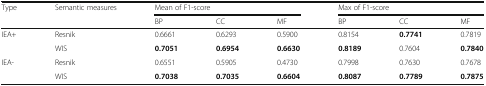
<table><thead><tr><td><b>Type</b></td><td><b>Semantic measures</b></td><td colspan="3"><b>Mean of F1-score</b></td><td colspan="3"><b>Max of F1-score</b></td></tr><tr><td colspan="2"></td><td><b>BP</b></td><td><b>CC</b></td><td><b>MF</b></td><td><b>BP</b></td><td><b>CC</b></td><td><b>MF</b></td></tr></thead><tbody><tr><td rowspan="2">IEA+</td><td>Resnik</td><td>0.6661</td><td>0.6293</td><td>0.5900</td><td>0.8154</td><td><b>0.7741</b></td><td>0.7819</td></tr><tr><td>WIS</td><td><b>0.7051</b></td><td><b>0.6954</b></td><td><b>0.6630</b></td><td><b>0.8189</b></td><td>0.7604</td><td><b>0.7840</b></td></tr><tr><td rowspan="2">IEA-</td><td>Resnik</td><td>0.6551</td><td>0.5905</td><td>0.4730</td><td>0.7998</td><td>0.7630</td><td>0.7678</td></tr><tr><td>WIS</td><td><b>0.7038</b></td><td><b>0.7035</b></td><td><b>0.6604</b></td><td><b>0.8087</b></td><td><b>0.7789</b></td><td><b>0.7875</b></td></tr></tbody></table>